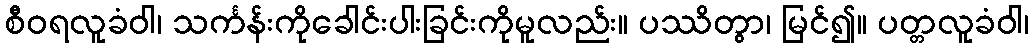
စီဝရလူခံဝါ၊ သင်္ကန်းကိုခေါင်းပါးခြင်းကိုမူလည်း။ ပဿိတွာ၊ မြင်၍။ ပတ္တလူခံဝါ၊